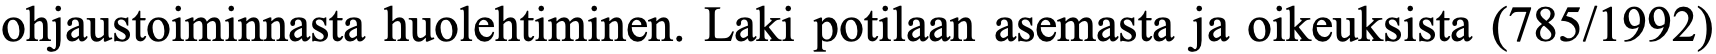
ohjaustoiminnasta huolehtiminen. Laki potilaan asemasta ja oikeuksista (785/1992)